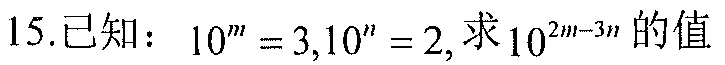
15.已知：\(10^{m}=3,10^{n}=2,\)求\(10^{2m - 3n}\)的值